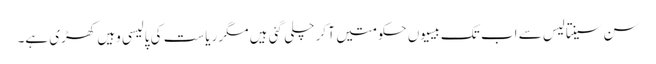
سن سینتالیس سے اب تک بیسیوں حکومتیں آ کر چلی گئی ہیں مگر ریاست کی پالیسی وہیں کھڑی ہے۔